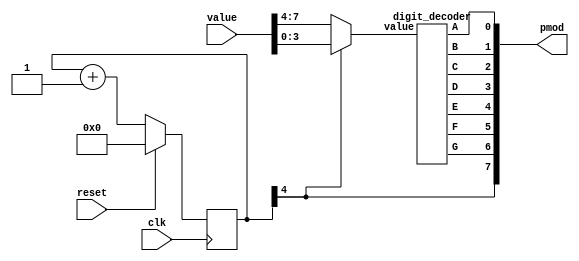
`default_nettype none
`timescale 1ns/1ns

// decodes a 2-digit hex number for the 1bitsquared 7-segment PMOD
module seven_segment(
  input clk,
  input reset,
  input [7:0] value,
  output [7:0] pmod
);
  reg [4:0] segCounter;
  wire segIndex;

  always @(posedge clk)
    begin
      if (reset)
        segCounter <= 0;
      else
        segCounter <= segCounter + 1;
    end

  digit_decoder decoder(segIndex ? value[3:0] : value[7:4], pmod[0], pmod[1], pmod[2], pmod[3], pmod[4], pmod[5], pmod[6]);

  assign segIndex = segCounter[4];
  assign pmod[7] = segIndex;
endmodule

// decodes a single hex digit from a 4-bit value
module digit_decoder(
  input [3:0] value,
  output A,
  output B,
  output C,
  output D,
  output E,
  output F,
  output G
);
  reg [6:0] segments;
  assign {A, B, C, D, E, F, G} = segments;

  always @(*)
    case (value)
      4'h0: segments = 7'b0000001;
      4'h1: segments = 7'b1001111;
      4'h2: segments = 7'b0010010;
      4'h3: segments = 7'b0000110;
      4'h4: segments = 7'b1001100;
      4'h5: segments = 7'b0100100;
      4'h6: segments = 7'b0100000;
      4'h7: segments = 7'b0001111;
      4'h8: segments = 7'b0000000;
      4'h9: segments = 7'b0000100;
      4'hA: segments = 7'b0001000;
      4'hB: segments = 7'b1100000;
      4'hC: segments = 7'b0110001;
      4'hD: segments = 7'b1000010;
      4'hE: segments = 7'b0110000;
      4'hF: segments = 7'b0111000;
      default: segments = 7'b1111111;
    endcase
endmodule